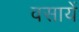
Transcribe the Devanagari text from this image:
वसायें